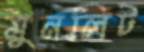
মুনলিট